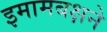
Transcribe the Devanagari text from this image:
इमामबक्षने